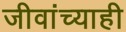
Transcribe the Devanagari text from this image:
जीवांच्याही